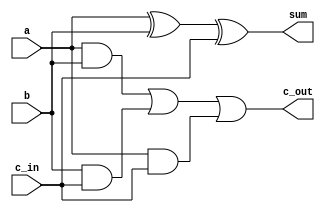
module FullAdder (
    input wire a,      // First input bit
    input wire b,      // Second input bit
    input wire c_in,   // Carry input
    output wire sum,   // Sum output
    output wire c_out  // Carry output
);
    assign sum = a ^ b ^ c_in;    // Sum calculation
    assign c_out = (a & b) | (b & c_in) | (a & c_in); // Carry calculation
endmodule